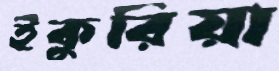
ইকুরিয়া